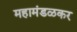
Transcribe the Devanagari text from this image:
महामंडळकर